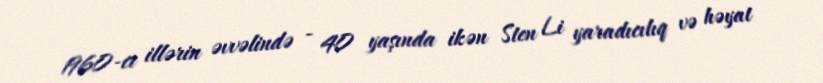
1960-cı illərin əvvəlində - 40 yaşında ikən Sten Li yaradıcılıq və həyat